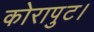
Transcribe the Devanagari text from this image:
कोरापुट।